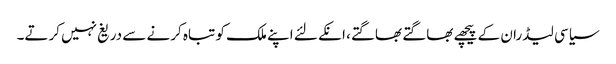
سیاسی لیڈران کے پیچھے بھاگتے بھاگتے، انکے لئے اپنے ملک کو تباہ کرنے سے دریغ نہیں کرتے۔